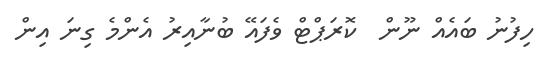
ހިފުނު ބައެއް ނޫން  ކޮރަޕްޓް ވެފަައޭ ބުނާއިރު އެންމެ ގިނަ އިން